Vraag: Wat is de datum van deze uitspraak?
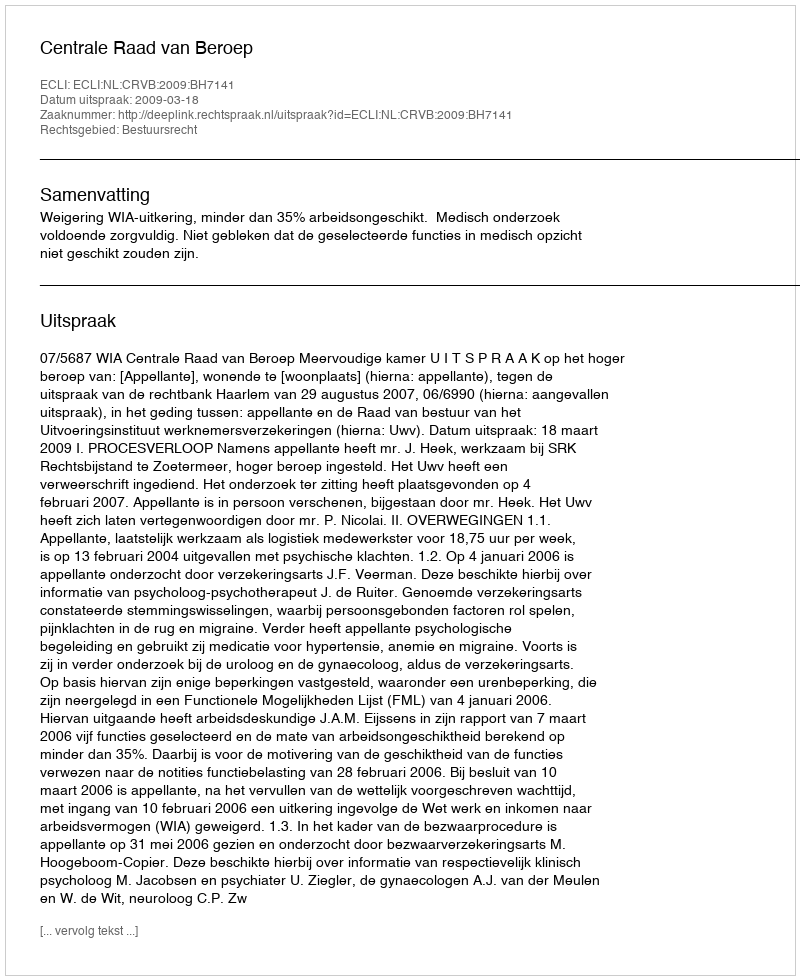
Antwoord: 2009-03-18